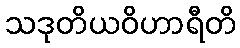
သဒုတိယဝိဟာရီတိ